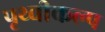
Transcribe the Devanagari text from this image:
पृथ्वीकल्प